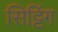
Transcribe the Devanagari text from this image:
सिट्टिंग